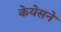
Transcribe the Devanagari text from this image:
केयेसने